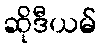
ဆိုဒီယမ်